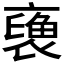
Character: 𧜪